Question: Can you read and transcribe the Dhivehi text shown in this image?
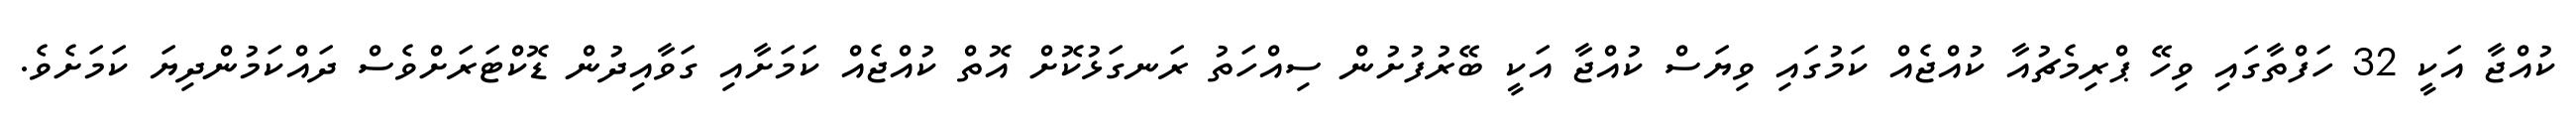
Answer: ކުއްޖާ އަކީ 32 ހަފްތާގައި ވިހޭ ޕްރިމެޗުއާ ކުއްޖެއް ކަމުގައި ވިޔަސް ކުއްޖާ އަކީ ބޭރުފުށުން ސިއްހަތު ރަނގަޅުކޮށް އޮތް ކުއްޖެއް ކަމަށާއި ގަވާއިދުން ޑޮކްޓަރަށްވެސް ދައްކަމުންދިޔަ ކަމަށެވެ.